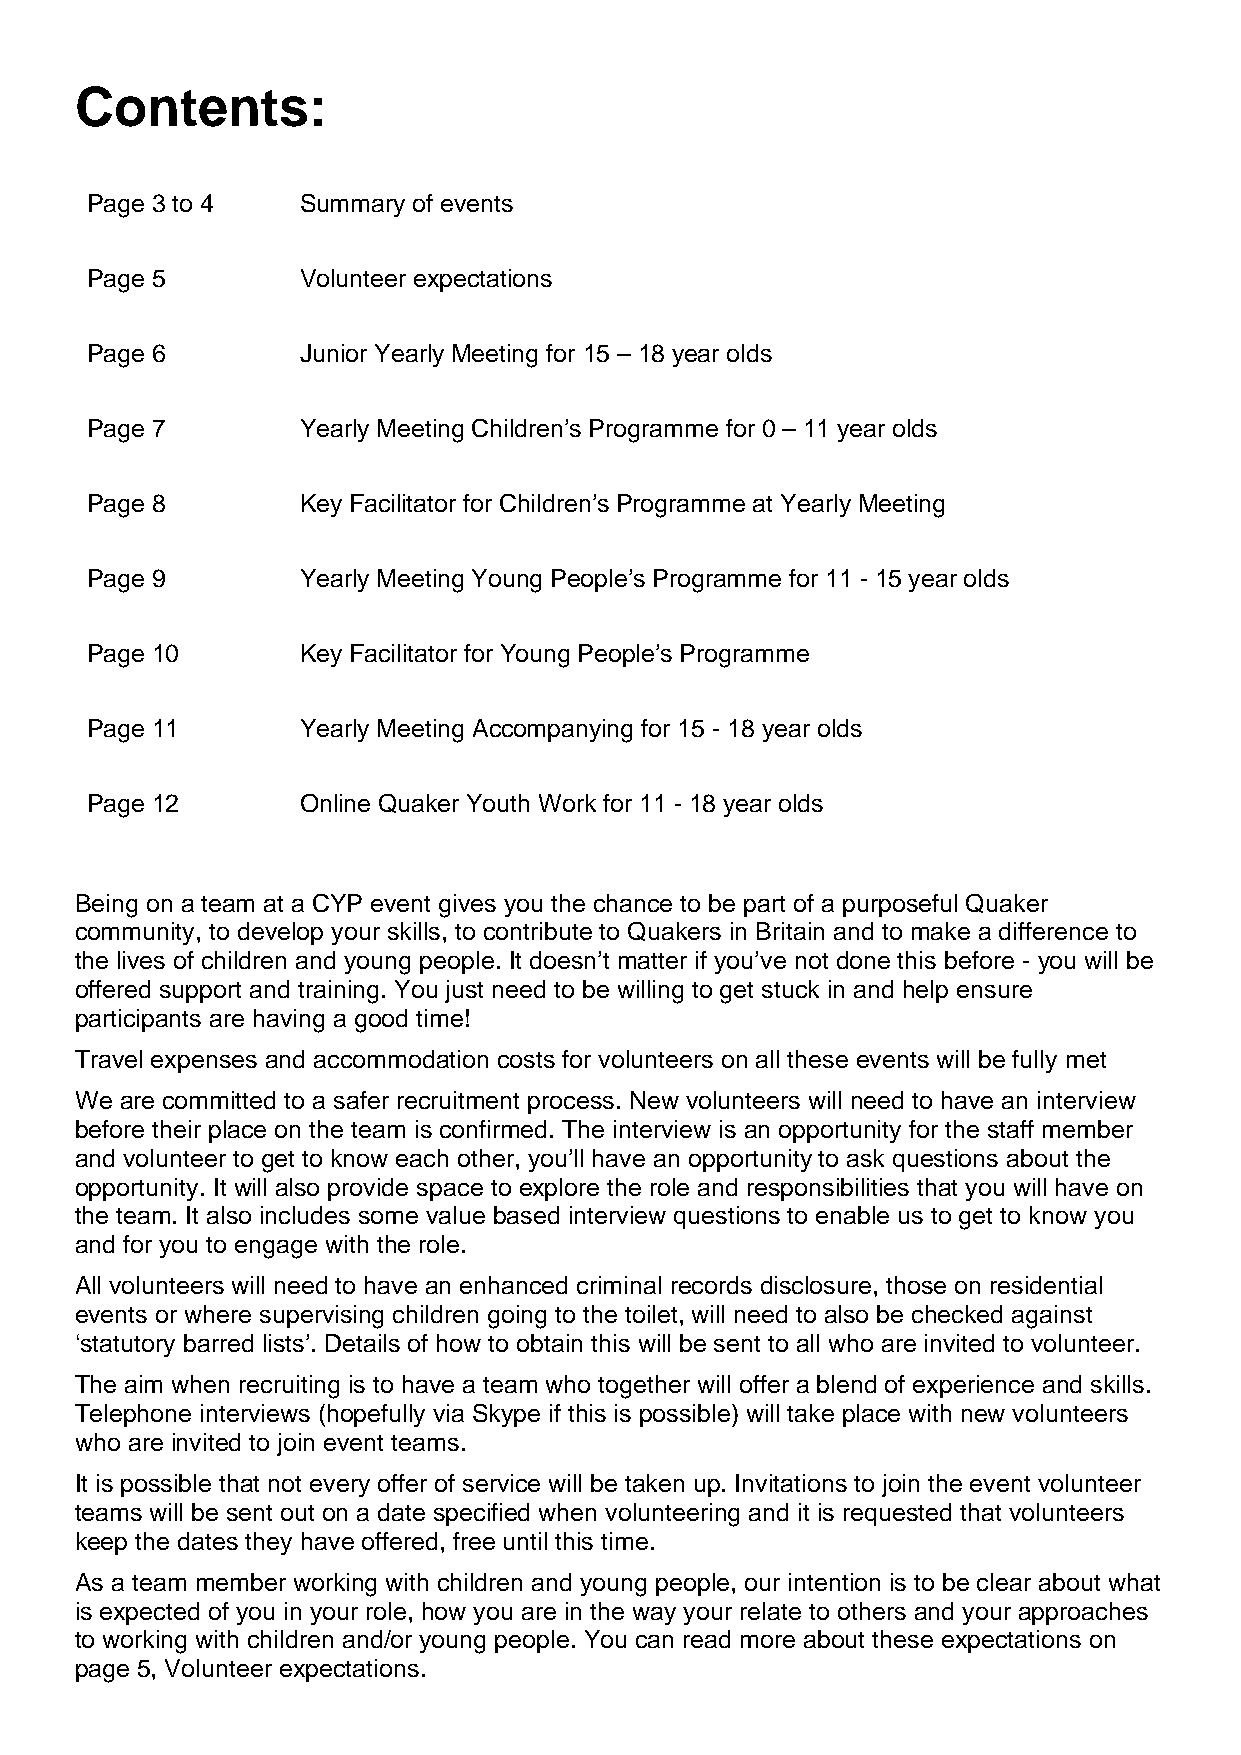
Contents:
 Page 3 to 4   Summary of events
 Page 5        Volunteer expectations
 Page 6        Junior Yearly Meeting for 15 – 18 year olds
 Page 7        Yearly Meeting Children’s Programme for 0 – 11 year olds
 Page 8        Key Facilitator for Children’s Programme at Yearly Meeting
 Page 9        Yearly Meeting Young People’s Programme for 11 - 15 year olds
 Page 10       Key Facilitator for Young People’s Programme
 Page 11       Yearly Meeting Accompanying for 15 - 18 year olds
 Page 12       Online Quaker Youth Work for 11 - 18 year olds
 Being on a team at a CYP event gives you the chance to be part of a purposeful Quaker
 community, to develop your skills, to contribute to Quakers in Britain and to make a difference to
 the lives of children and young people. It doesn’t matter if you’ve not done this before - you will be
 offered support and training. You just need to be willing to get stuck in and help ensure
 participants are having a good time!
 Travel expenses and accommodation costs for volunteers on all these events will be fully met
 We are committed to a safer recruitment process. New volunteers will need to have an interview
 before their place on the team is confirmed. The interview is an opportunity for the staff member
 and volunteer to get to know each other, you’ll have an opportunity to ask questions about the
 opportunity. It will also provide space to explore the role and responsibilities that you will have on
 the team. It also includes some value based interview questions to enable us to get to know you
 and for you to engage with the role.
 All volunteers will need to have an enhanced criminal records disclosure, those on residential
 events or where supervising children going to the toilet, will need to also be checked against
 ‘statutory barred lists’. Details of how to obtain this will be sent to all who are invited to volunteer.
 The aim when recruiting is to have a team who together will offer a blend of experience and skills.
 Telephone interviews (hopefully via Skype if this is possible) will take place with new volunteers
 who are invited to join event teams.
 It is possible that not every offer of service will be taken up. Invitations to join the event volunteer
 teams will be sent out on a date specified when volunteering and it is requested that volunteers
 keep the dates they have offered, free until this time.
 As a team member working with children and young people, our intention is to be clear about what
 is expected of you in your role, how you are in the way your relate to others and your approaches
 to working with children and/or young people. You can read more about these expectations on
 page 5, Volunteer expectations.